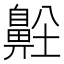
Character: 𪖜